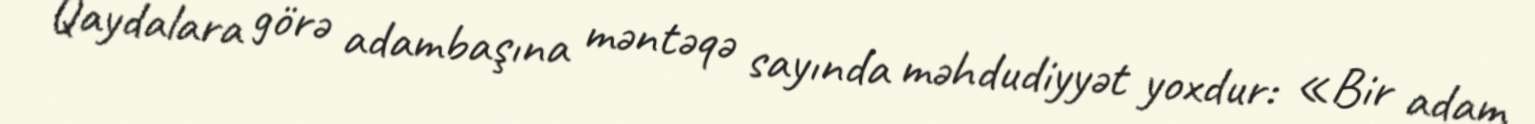
Qaydalara görə adambaşına məntəqə sayında məhdudiyyət yoxdur: «Bir adam